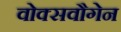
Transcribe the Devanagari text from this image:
वोक्सवौगेन